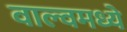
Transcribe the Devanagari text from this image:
वाल्वमध्ये